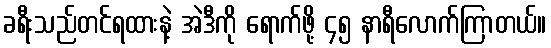
ခရီးသည်တင်ရထားနဲ့ အဲဒီကို ရောက်ဖို့ ၄၅ နာရီလောက်ကြာတယ်။